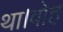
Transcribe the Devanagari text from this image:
था।वोह